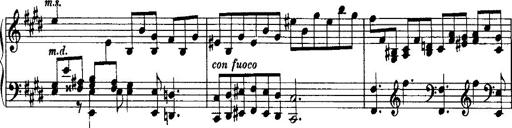
Title: Rondo di bravura
Composer: Franz Liszt